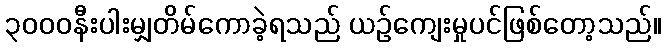
၃၀၀၀နီးပါးမျှတိမ်ကောခဲ့ရသည် ယဉ်ကျေးမှုပင်ဖြစ်တော့သည်။